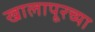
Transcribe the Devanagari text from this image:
खालापूरच्या